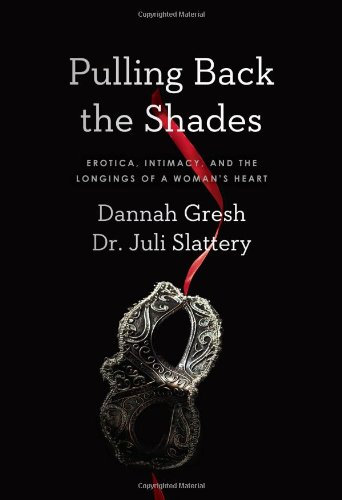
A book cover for Pulling Back the Shades: Erotica, Intimacy, and the Longings of a Woman's Heart; Dr. Juli Slattery; Religion & Spirituality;